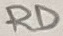
Text: RD